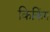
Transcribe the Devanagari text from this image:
किकिंग